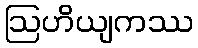
ဩဟိယျကဿ